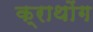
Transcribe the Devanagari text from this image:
क्राथोंग